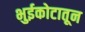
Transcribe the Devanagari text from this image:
भुईकोटातून